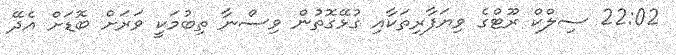
22:02 ސިލްކް ރޫޓްގެ ވިޔަފާރިތަކާއި ގުޅޭގޮތުން ވިސްނާ ތިބުމަކީ ވަރަށް ބޮޑަށް އެދޭ